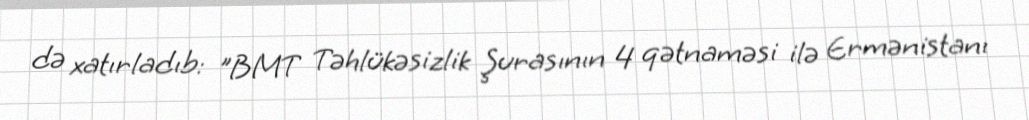
də xatırladıb: "BMT Təhlükəsizlik Şurasının 4 qətnaməsi ilə Ermənistanı